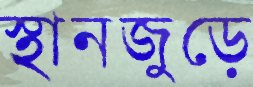
স্থানজুড়ে